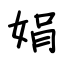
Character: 娟